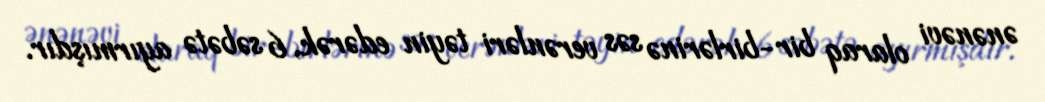
ənənəvi olaraq bir-birlərinə səs verənləri təyin edərək, 6 səbətə ayırmışdır.